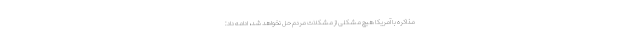
مذاکره با آمریکا هیچ مشکلی از مشکلات مردم حل نخواهد شد، ادامه داد: